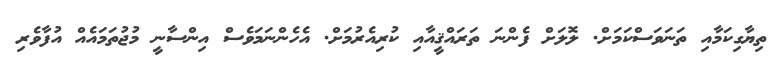
ތިޔާގިކަމާއި ތަނަވަސްކަމަށް. ލޮލަށް ފެންނަ ތަރައްޤީއާއި ކުރިއެރުމަށް. އެހެންނަމަވެސް އިންސާނީ މުޖުތަމައެއް އުފާވެރި